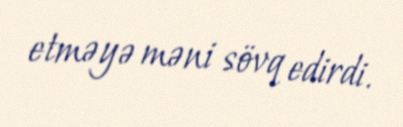
etməyə məni sövq edirdi.